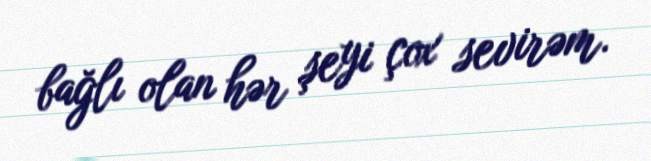
bağlı olan hər şeyi çox sevirəm.